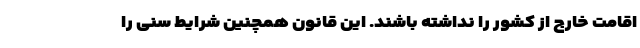
اقامت خارج از کشور را نداشته باشند. این قانون همچنین شرایط سنی را